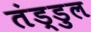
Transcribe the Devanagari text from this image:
तंड्डुल